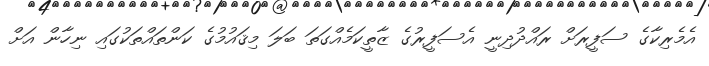
އެމެރިކާގެ ސަފީރަށް ރައްދުދިނީ އެސަފީރުގެ ޒާތީކަމެއްގަތަ ބަލަ މިޤައުމުގެ ކަންތައްތަކުގައި ނިހާން އަށް